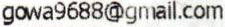
GOWA9688@GMAIL.COM